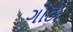
ગોટો